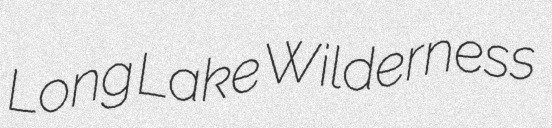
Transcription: Long Lake Wilderness